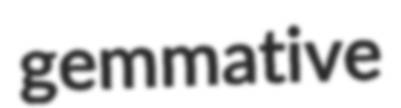
gemmative